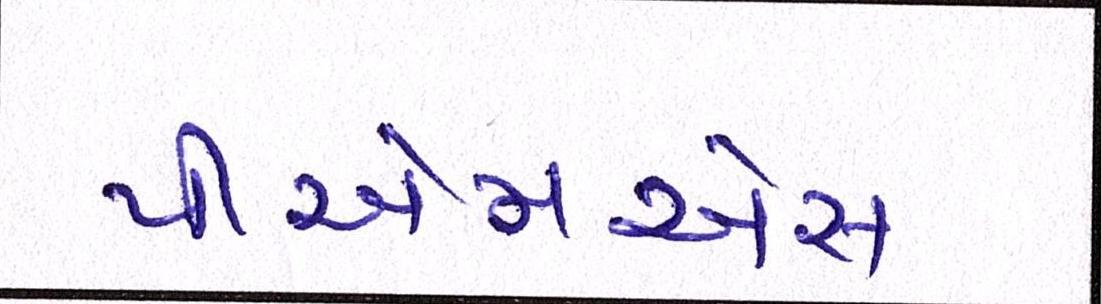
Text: પીએમએસ